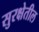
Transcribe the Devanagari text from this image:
सुरक्षेतील